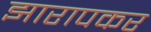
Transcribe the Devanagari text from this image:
झारापकर